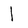
Character: 1